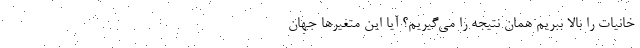
خانیات را بالا ببریم همان نتیجه را می‌گیریم؟ آیا این متغیرها جهان